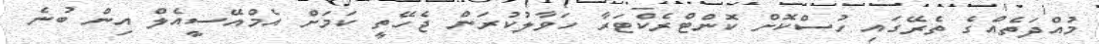
މުއްދަތެއްގެ ތެރޭގައި ހުސްކޮށް ކޮންޓްރެކްޓަރާ ހަވާލުކުރަން ޖެހޭތީ ކަމަށް އެމްއޭސީއެލް އިން ބުނެ